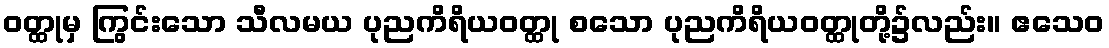
ဝတ္ထုမှ ကြွင်းသော သီလမယ ပုညကိရိယဝတ္ထု စသော ပုညကိရိယဝတ္ထုတို့၌လည်း။ ဧသေဝ